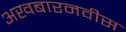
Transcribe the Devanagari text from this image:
अखबारनवीस